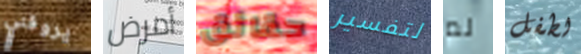
يروقني أمرض حقائق لتفسير لم لطفل